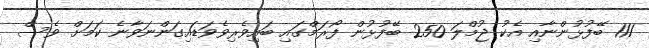
111 ބޭފުޅުންނާއި އެކު ޖުމްލަ 250 ބޭފުޅުން ފޯރަމްގައި ބައިވެރިވެވަޑައިގަންނަވާނެ ކަމަށް ވެސް